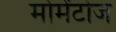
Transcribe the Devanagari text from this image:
मोमेंटोज